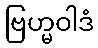
ဗြဟ္မဝါဒံ